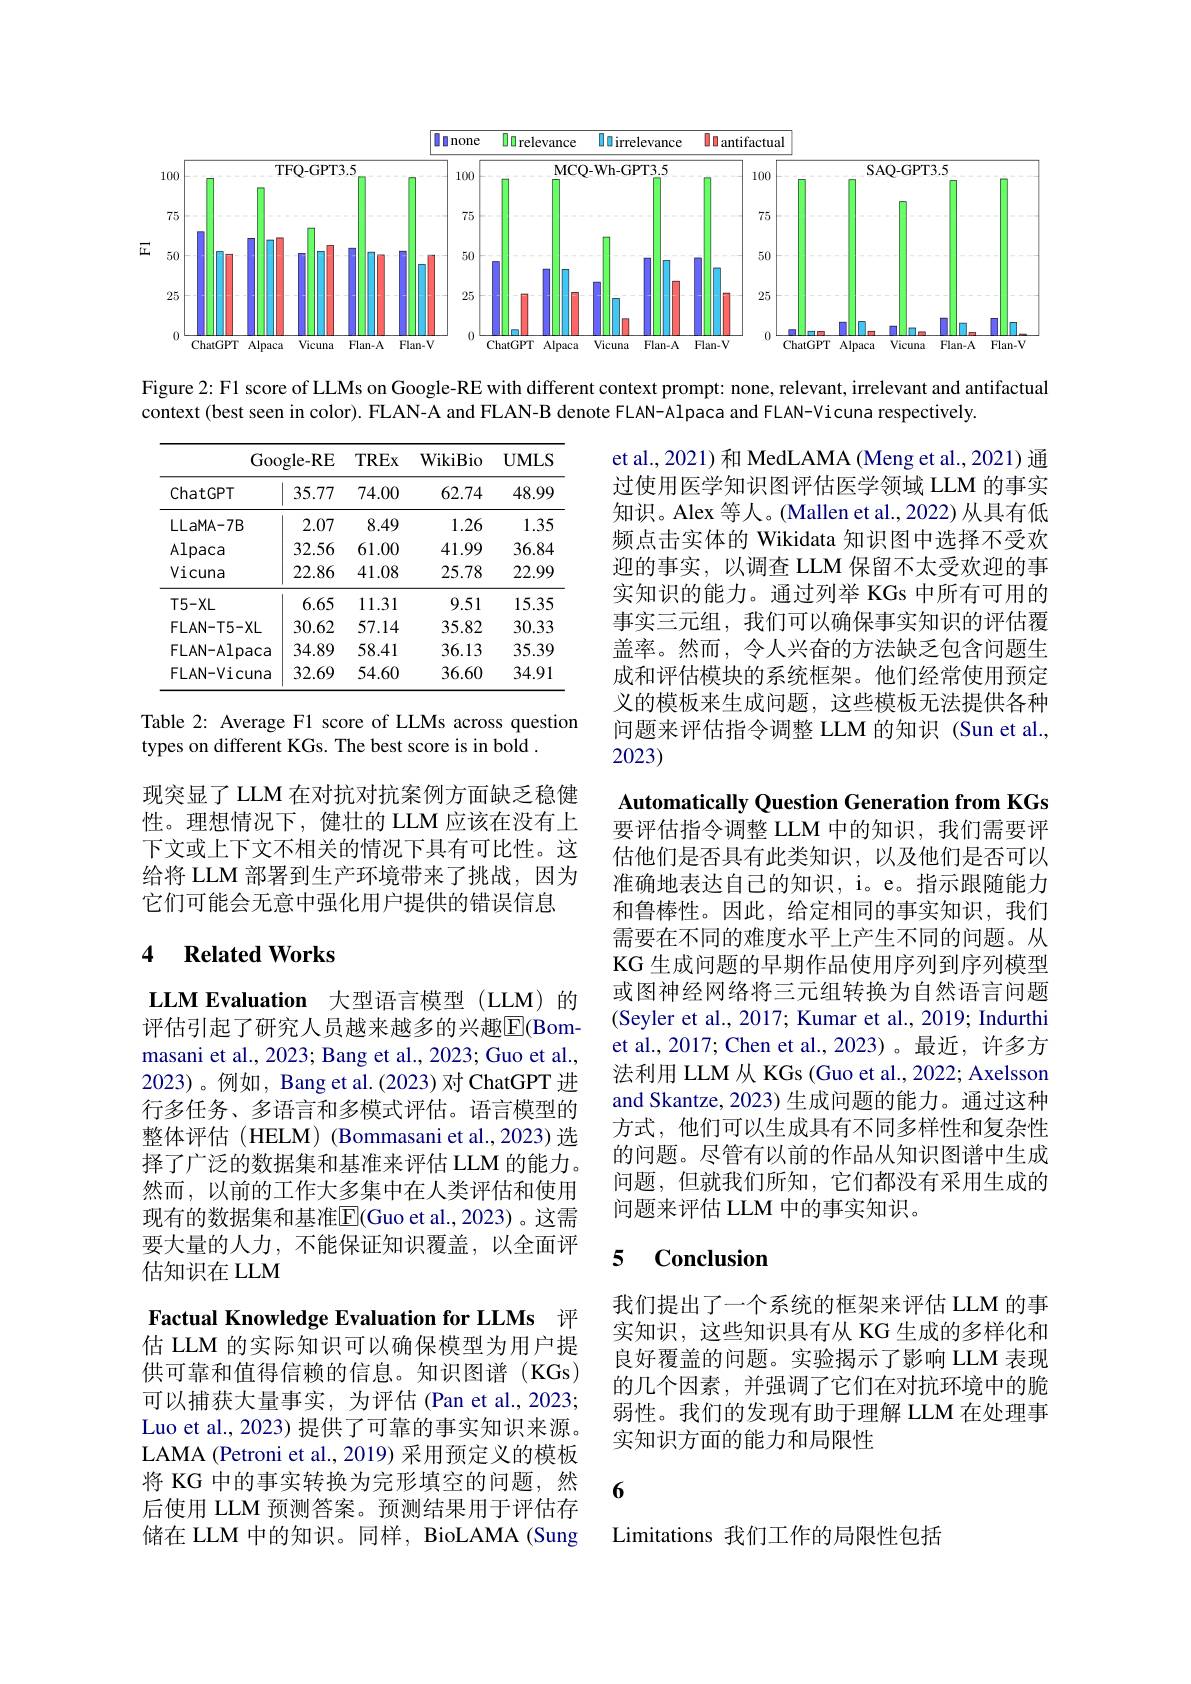
<FigureHere>

Figure 2: F1 score of LLMs on Google-RE with different context prompt: none, relevant, irrelevant and antifactual

context (best seen in color). FLAN-A and FLAN-B denote FLAN-Alpaca and FLAN-Vicuna respectively.

<table>
	<tbody>
		<tr>
			<th colspan="2">Google- RE</th>
			<th rowspan="2">TREx 74.00</th>
			<th rowspan="2">WikiBio 62.74</th>
			<th rowspan="2">$UMLS$ 48.99</th>
		</tr>
		<tr>
			<th>ChatGPT</th>
			<th>35.77</th>
		</tr>
		<tr>
			<td>$LLaMA-7B$</td>
			<td>2.07</td>
			<td>8.49</td>
			<td>1.26</td>
			<td>1.35</td>
		</tr>
		<tr>
			<td>Alpaca</td>
			<td>32.56</td>
			<td>61.00</td>
			<td>41.99</td>
			<td>36.84</td>
		</tr>
		<tr>
			<td>Vicuna</td>
			<td>22.86</td>
			<td>41.08</td>
			<td>25.78</td>
			<td>22.99</td>
		</tr>
		<tr>
			<td>$T5-XL$</td>
			<td>6.65</td>
			<td>11.31</td>
			<td>9.51</td>
			<td>15.35</td>
		</tr>
		<tr>
			<td>$FLAN-T5-XL$</td>
			<td>30.62</td>
			<td>57.14</td>
			<td>35.82</td>
			<td>30.33</td>
		</tr>
		<tr>
			<td>$FLAN-Alpaca$</td>
			<td>34.89</td>
			<td>58.41</td>
			<td>36.13</td>
			<td>35.39</td>
		</tr>
		<tr>
			<td>$FLAN-Vicuna$</td>
			<td>32.69</td>
			<td>54.60</td>
			<td>36.60</td>
			<td>34.91</td>
		</tr>
	</tbody>
</table>

et al., 2021) 和 MedLAMA (Meng et al., 2021) 通过使用医学知识图评估医学领域 LLM 的事实知识。Alex 等人。(Mallen et al., 2022) 从具有低频点击实体的 Wikidata 知识图中选择不受欢迎的事实，以调查 LLM 保留不太受欢迎的事实知识的能力。通过列举 KGs 中所有可用的事实三元组，我们可以确保事实知识的评估覆盖率。然而，令人兴奋的方法缺乏包含问题生成和评估模块的系统框架。他们经常使用预定义的模板来生成问题，这些模板无法提供各种问题来评估指令调整 LLM 的知识 (Sun et al., 2023)

Table 2: Average F1 score of LLMs across question
types on different KGs. The best score is in bold .

现突显了 LLM 在对抗对抗案例方面缺乏稳健性。理想情况下，健壮的 LLM 应该在没有上下文或上下文不相关的情况下具有可比性。这给将 LLM 部署到生产环境带来了挑战，因为它们可能会无意中强化用户提供的错误信息

## 4 $\textbf{Related Works}$

Automatically Question Generation from KGs 要评估指令调整 LLM 中的知识，我们需要评估他们是否具有此类知识，以及他们是否可以准确地表达自己的知识，i。e。指示跟随能力和鲁棒性。因此，给定相同的事实知识，我们需要在不同的难度水平上产生不同的问题。从KG 生成问题的早期作品使用序列到序列模型或图神经网络将三元组转换为自然语言问题(Seyler et al., 2017; Kumar et al., 2019; Indurthi et al., 2017; Chen et al., 2023)。最近，许多方法利用 LLM 从 KGs (Guo et al., 2022; Axelsson and Skantze, 2023) 生成问题的能力。通过这种方式，他们可以生成具有不同多样性和复杂性的问题。尽管有以前的作品从知识图谱中生成问题，但就我们所知，它们都没有采用生成的问题来评估 LLM 中的事实知识。

LLM Evaluation 大型语言模型(LLM)的评估引起了研究人员越来越多的兴趣$\overline{\mathrm{E}}($Bommasani et al., 2023; Bang et al., 2023; Guo et al., 2023)。例如，Bang et al.(2023)对 ChatGPT 进行多任务、多语言和多模式评估。语言模型的整体评估(HELM) (Bommasani et al.,2023)选择了广泛的数据集和基准来评估 LLM 的能力。然而，以前的工作大多集中在人类评估和使用现有的数据集和基准$\overline{\mathrm{E}}($Guo et al.,2023)。这需要大量的人力，不能保证知识覆盖，以全面评估知识在 LLM

### 5 $\textbf{Conclusior}$

我们提出了一个系统的框架来评估 LLM 的事实知识，这些知识具有从 KG 生成的多样化和良好覆盖的问题。实验揭示了影响 LLM 表现的几个因素，并强调了它们在对抗环境中的脆弱性。我们的发现有助于理解 LLM 在处理事实知识方面的能力和局限性

Factual Knowledge Evaluation for LLMs 评估 LLM 的实际知识可以确保模型为用户提供可靠和值得信赖的信息。知识图谱(KGs) 可以捕获大量事实，为评估(Pan et al.,2023; Luo et al., 2023) 提供了可靠的事实知识来源。LAMA (Petroni et al., 2019) 采用预定义的模板将 KG 中的事实转换为完形填空的问题，然 6
后使用 LLM 预测答案。预测结果用于评估存储在 LLM 中的知识。同样，BioLAMA (Sung

Limitations 我们工作的局限性包括